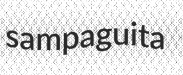
sampaguita